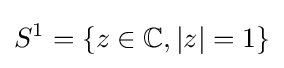
S^{1}=\{z\in \mathbb {C} ,|z|=1\}